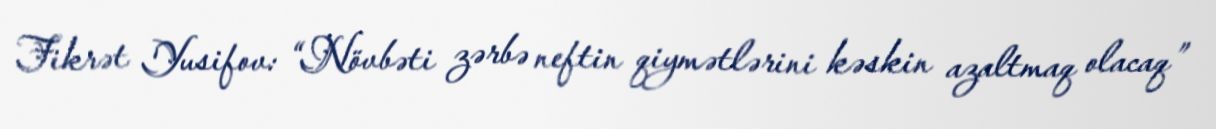
Fikrət Yusifov: “Növbəti zərbə neftin qiymətlərini kəskin azaltmaq olacaq”